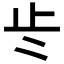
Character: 𭭚